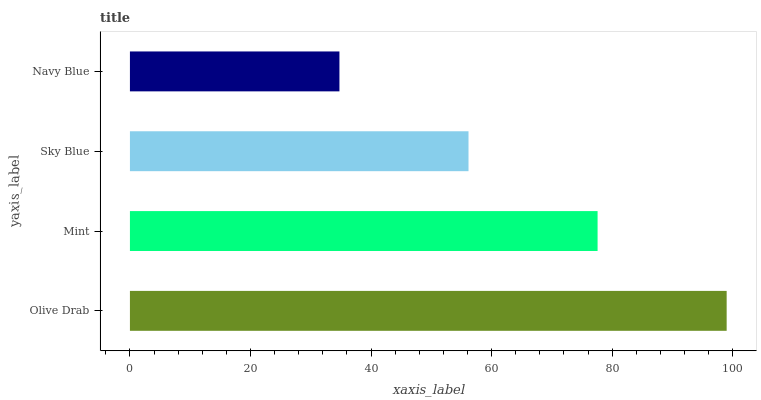
| yaxis_label | bars |
 | --- | --- |
 | Olive Drab | 99 |
 | Mint | 77.6 |
 | Sky Blue | 56.2 |
 | Navy Blue | 34.8 |